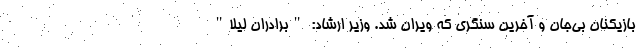
بازیکنان بی‌جان و آخرین سنگری که ویران شد. وزیر ارشاد: "برادران لیلا"